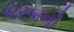
પરબનો